Indian journal of veterinary science and animal husbandry - Volumes 22-23, 1952-1953
Year: 1952
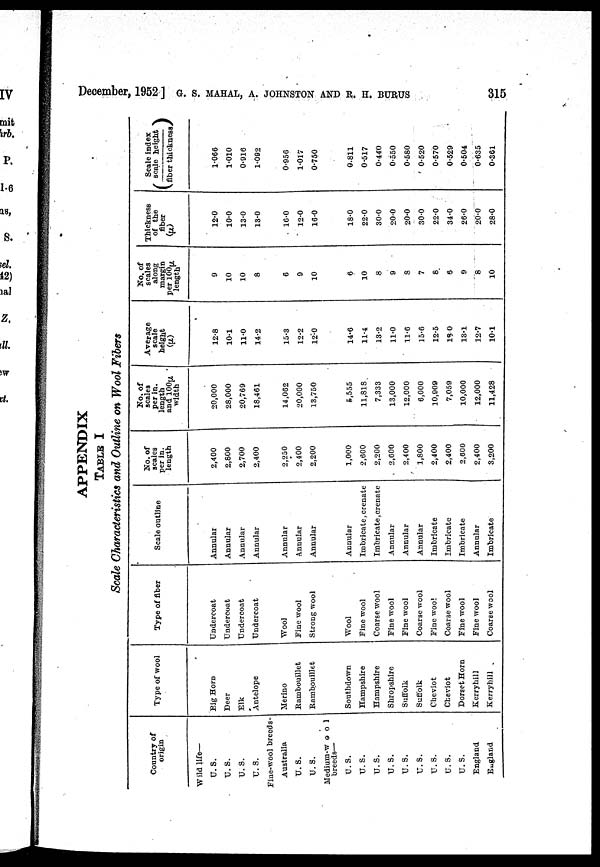
December, 1952 ] G. S. MAHAL, A. JOHNSTON AND R. H. BURUS 315
APPENDIX
TABLE I
Scale Characteristics and Outline on Wool Fibers
Country of
origin
Wild life—
U. S.
U. S.
U. S.
U. S.
Fine-wool breeds-
Australia
U. S.
U. S.
Medium-wool
breeds—
U. S.
U. S.
U. S.
U. S.
U. S.
U. S.
U. S.
U. S.
U. S.
England
England
Type of wool
Big Horn
Deer
Elk
Antelope
Merino
Rambouillet
Rambouillet
Southdown
Hampshire
Hampshire
Shropshire
Suffolk
Suffolk
Cheviot
Cheviot
Dorset Horn
Kerryhill
Kerryhill
Type of fiber
Undercoat
Undercoat
Undercoat
Undercoat
Wool
Fine wool
Strong wool
Wool
Fine wool
Coarse wool
Fine wool
Fine wool
Coarse wool
Fine wool
Coarse wool
Fine wool
Fine wool
Coarse wool
Scale outline
Annular
Annular
Annular
Annular
Annular
Annular
Annular
Annular
Imbricate, crenate
Imbricate, crenate
Annular
Annular
Annular
Imbricate
Imbricate
Imbricate
Annular
Imbricate
No. of
scales
per in.
length
2,400
2,800
2,700
2,400
2,250
2,400
2,200
1,000
2,600
2,200
2,600
2,400
1,800
2,400
2,400
2,600
2,400
3,200
No. of
scales
per in.
length
and
100µ
width
20,000
28,000
20,769
18,461
14,062
20,000
13,750
5,555
11,818
7,333
13,000
12,000
6,000
10,900
7,059
10,000
12,000
11,428
Average
scale
height
(µ)
12.8
10.1
11.0
14.2
15.3
12.2
12.0
14.6
11.4
13.2
11.0
11.6
15.6
12.5
18.0
13.1
12.7
10.1
No. of
scales
along
margin
per 100µ
length
9
10
10
8
6
9
10
6
10
8
9
8
7
8.
6
9
8
10
Thickness
of the
fiber
(µ)
12.0
10.0
13.0
13.0
16.0
12.0
16.0
18.0
22.0
30.0
20.0
20.0
30.0
22.0
34.0
26.0
20.0
28.0
Scale index
(scale
height/
fiber thickness)
1.066
1.010
0.916
1.092
0.956
1.017
0.750
0.811
0.517
0.440
0.550
0.580
0.520
0.570
0.529
0.504
0.635
0.361